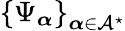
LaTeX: \left\{ \Psi_{\boldsymbol{\alpha}}\right\} _{\boldsymbol{\alpha}\in\mathcal{A}^{\star}}